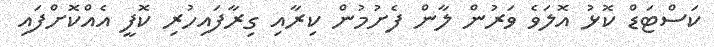
ކަސްޓަޑް ކޮޅު އޮލަވެ ވަރުން ލާން ފެށުމުން ކިރާއި ގިރާފައިހުރި ކޮފީ އެއްކޮށްފައި